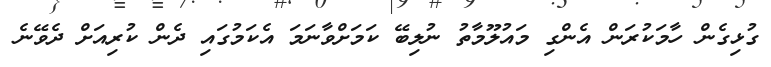
ގުޅިގެން ހާމަކުރަން އެންގި މައުލޫމާތު ނުލިބޭ ކަމަށްވާނަމަ އެކަމުގައި ދެން ކުރިއަށް ދެވޭނެ